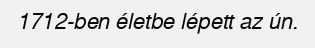
1712-ben életbe lépett az ún.